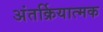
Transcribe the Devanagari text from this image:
अंतर्क्रियात्मक